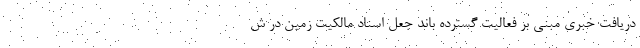
دریافت خبری مبنی بر فعالیت گسترده باند جعل اسناد مالکیت زمین در ش